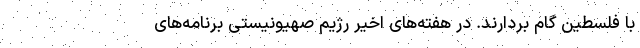
با فلسطین گام بردارند. در هفته‌های اخیر رژیم صهیونیستی برنامه‌های